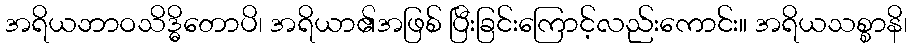
အရိယဘာဝသိဒ္ဓိတောပိ၊ အရိယာ၏အဖြစ် ပြီးခြင်းကြောင့်လည်းကောင်း။ အရိယသစ္စာနိ၊